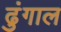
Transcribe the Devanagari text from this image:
ढुंगाल